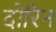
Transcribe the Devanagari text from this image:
दोरिन